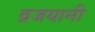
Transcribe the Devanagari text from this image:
व्रजयानी